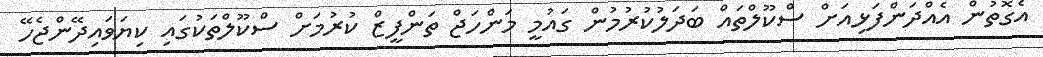
އެގޮތުން އެއްދަންފަޅިއަށް ސްކޫލްތައް ބަދަލުކުރުމުން ގައުމީ މަންހަޖް ތަންފީޒް ކުރުމަށް ސްކޫލްތަކުގައި ކިޔަވައިދޭންޖެހޭ